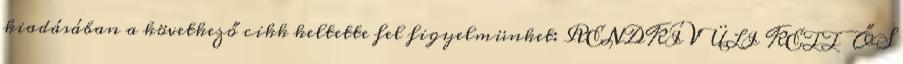
kiadásában a következő cikk keltette fel figyelmünket: RENDKÍVÜLI KETTŐS